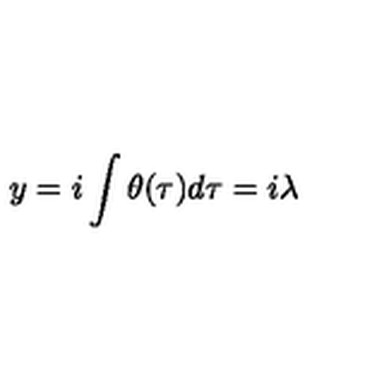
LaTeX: y = i \int \theta ( \tau ) d \tau = i \lambda